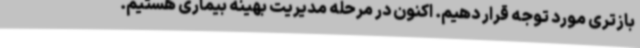
بازتری مورد توجه قرار دهیم. اکنون در مرحله مدیریت بهینه بیماری هستیم.